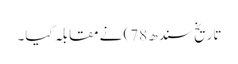
تاریخ سندھ 78) نے مقابلہ کیا۔